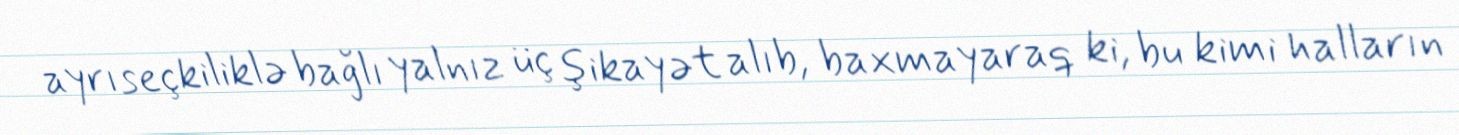
ayrıseçkiliklə bağlı yalnız üç şikayət alıb, baxmayaraq ki, bu kimi halların